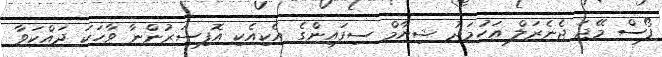
ފޯސް މޭޖަ ޖެނެރަލް އަހުމަދު ޝިޔާމް ސިފައިންގެ އެކިއެކި އޮފިސަރުންނާ ވާހަކަ ދައްކަވާ